Leaving Certificate Examination, 1904
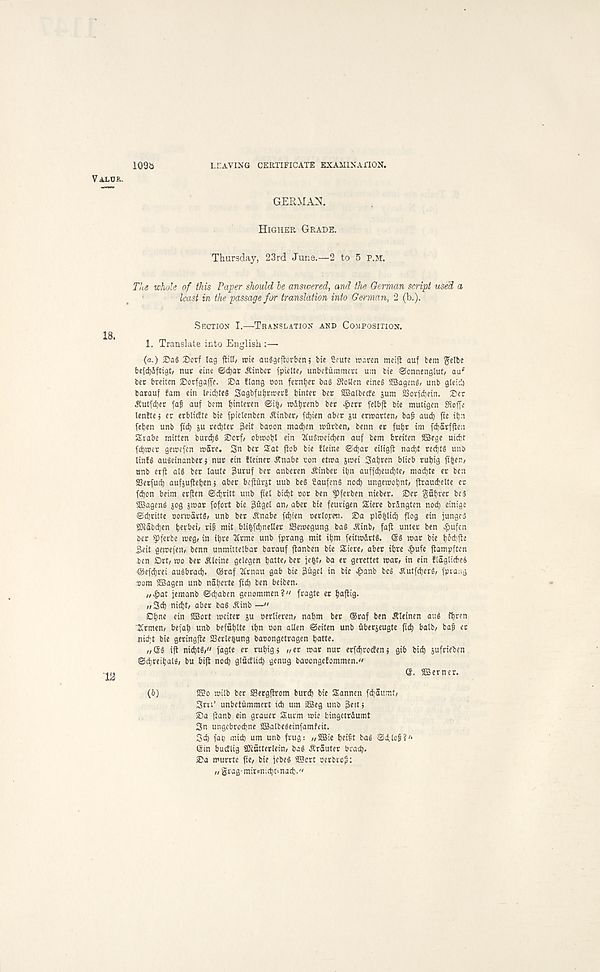
109b
LEAVING CERTIFICATE EXAMINATION.
Valck.
GERMAN.
Higher Grade.
Thursday, 23rd June.—2 to 5 P.M.
Tils whole of this Paper should he ansivered, and the German script used, a
least in the passage for translation into German, 2 (b.).
Section I.—Translation and Composition.
1. Translate into English :—
(a.) Dorf log ftill/ wie auSgeftorben; bie Srute rcaren meijt auf bent gelbe
befd)Sftigh nut eine ©djat ^tnbet fpielte, unbefummett um bte ©onnengluf, au f
bet bteiten DorfgafTe. 2)a flang ton fernbet bag 0?o«en eine§ StBogenS, unb gletcl)
barauf Jam etn leid)te§ Sagbfubtmer! bintet bet StBalbccfe sum 23ovfd)ein. Set
^utfdjer faf auf bem binteren ©i|/
felbfi bte muttgen Stoffe
lenttej et erblidte bte fptelenbcn ^inbet/ fdjten abet su ermarten, bag audb fte tbn
feben unb ftdb su recbhr 3eit baton madjen miitben, benn et fubt tm fdjatfjien
Stabe mitten burd)§ ®orf/ obttobl ein 2Iu§ttetd)en auf bem breiten 2Bege nidit
fcbtter gettefen mare. 3n bet iilat ftob bte fletne ©dbar etltgfi nad)t redjts unb
UnB augetnanberj nut etn fletner ^nabe ton etma smei Sab«« blieb rubt9 fifeen/
unb erjt al§ bet laute 3uruf bet anberen ^tnbet ibn auffd)eud)te/ madjte er ben
SSetfucb aufsuftebenj abet beprst uub be§ SaufenS nod; ungemobnt/ flrauibelte et
fdjon beim erften ©ebritt unb ftel bidjt tor ben ^fetben nteber. Set gttbrer bes
SBagenS s°9 fofort bte 3ugel an, abet bte feuvtgen Stere brSngten nod) einige
©djritte tormartg, unb bet .Rnabe fdjien terlo.rat. Sa plo|lttb flog etn junges
SKabcben b«l>«/ mit blt| fd)nellet ffiettegung bag ^tnb, faft untet ben #ufen
bet ^iferbe meg, in tbte 2trme unb fprang mit ibm feitmdttg. ®g mat bie bodjite
3<it gemefen, benn unmittelbar barauf jtanben bie Siere, abet ibte £ufe ftampften
ben Set, mo bet Oleine gelegen bahe, bet je|t, ba er gerettet mar, in ein ftagticbea
©efebrei augbracb. ®raf 2Ctnau gab bie pgel in bte e^anb beg Jlutfcberg, fptaag
tom aBagen unb naberte ftcb ben beiben.
„£at jemanb ©d)aben genommen?" fragte et bafhg-
„3<b abet bag ^inb —"
Obn« aBort mcitet s« tertieren, nabm bet ®raf ben itleinen aug fbren
-Xtmen, befab unb befublte tbn ton alien ©eiten unb fiberseugte fiib balb, ba^ ec
niebt bie geringfle 23etle6ung batongetragen butte.
„@g ift niebtg," fagte er rubig> „er roar nut erfdjrocfens gib bid) sufeieben
©cbreibalg, bu bift noth glttdlid) genug batongefommen."
Q. aBetner.
(6)
aco milb bet Sergflrom burd) bie Sannen fdbaumt,
Sru’ unbetummert id) um a2eg unb 3ettj
Sa ftanb ein grauer Sttrm roie bingetrdumt
3n ungcbrod)ne aBatbegeinfamfeit.
3d) fat) mid) um unb frug: „aBie beiit bag ©4;lop?' ‘
©in bucElig SCTcattetlein, bag ^tauter bracb.
Sa murrtc fte, bie febeg SScrt terbvop:
,, grag-mir*n;d)Dnacb."